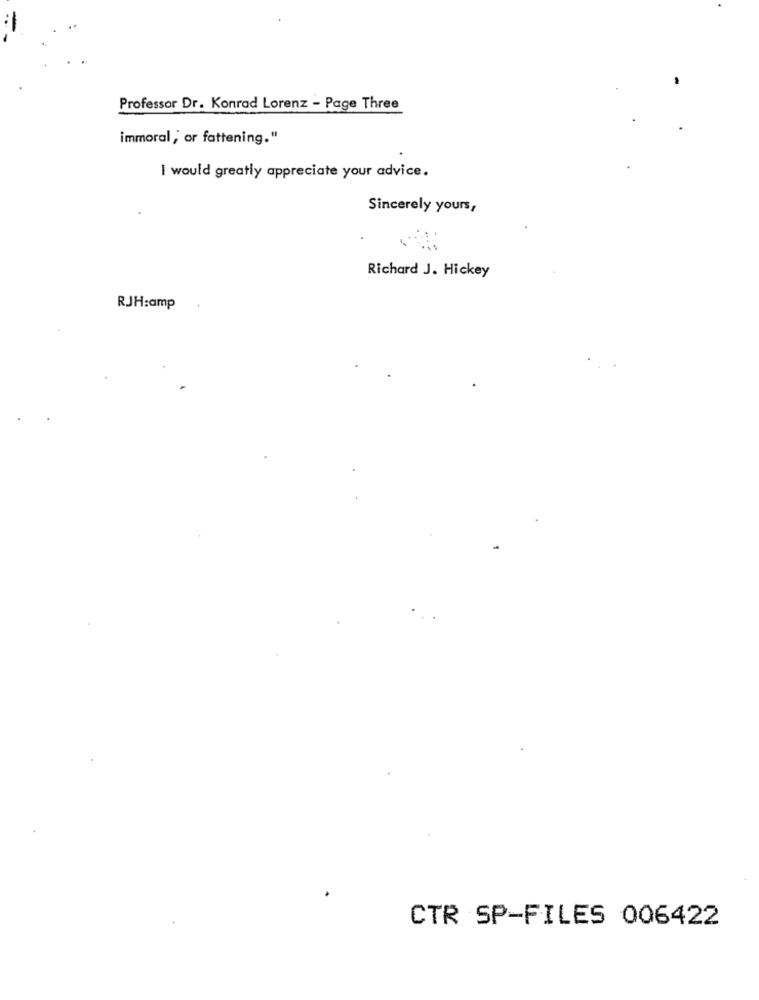
Professor Dr. Konrad Lorenz - Page Three
immoral, or fattening."
I would greatly appreciate your advice.
Sincerely yours,
Richard J. Hickey
RJH:amp
CTR SP-FILES 006422